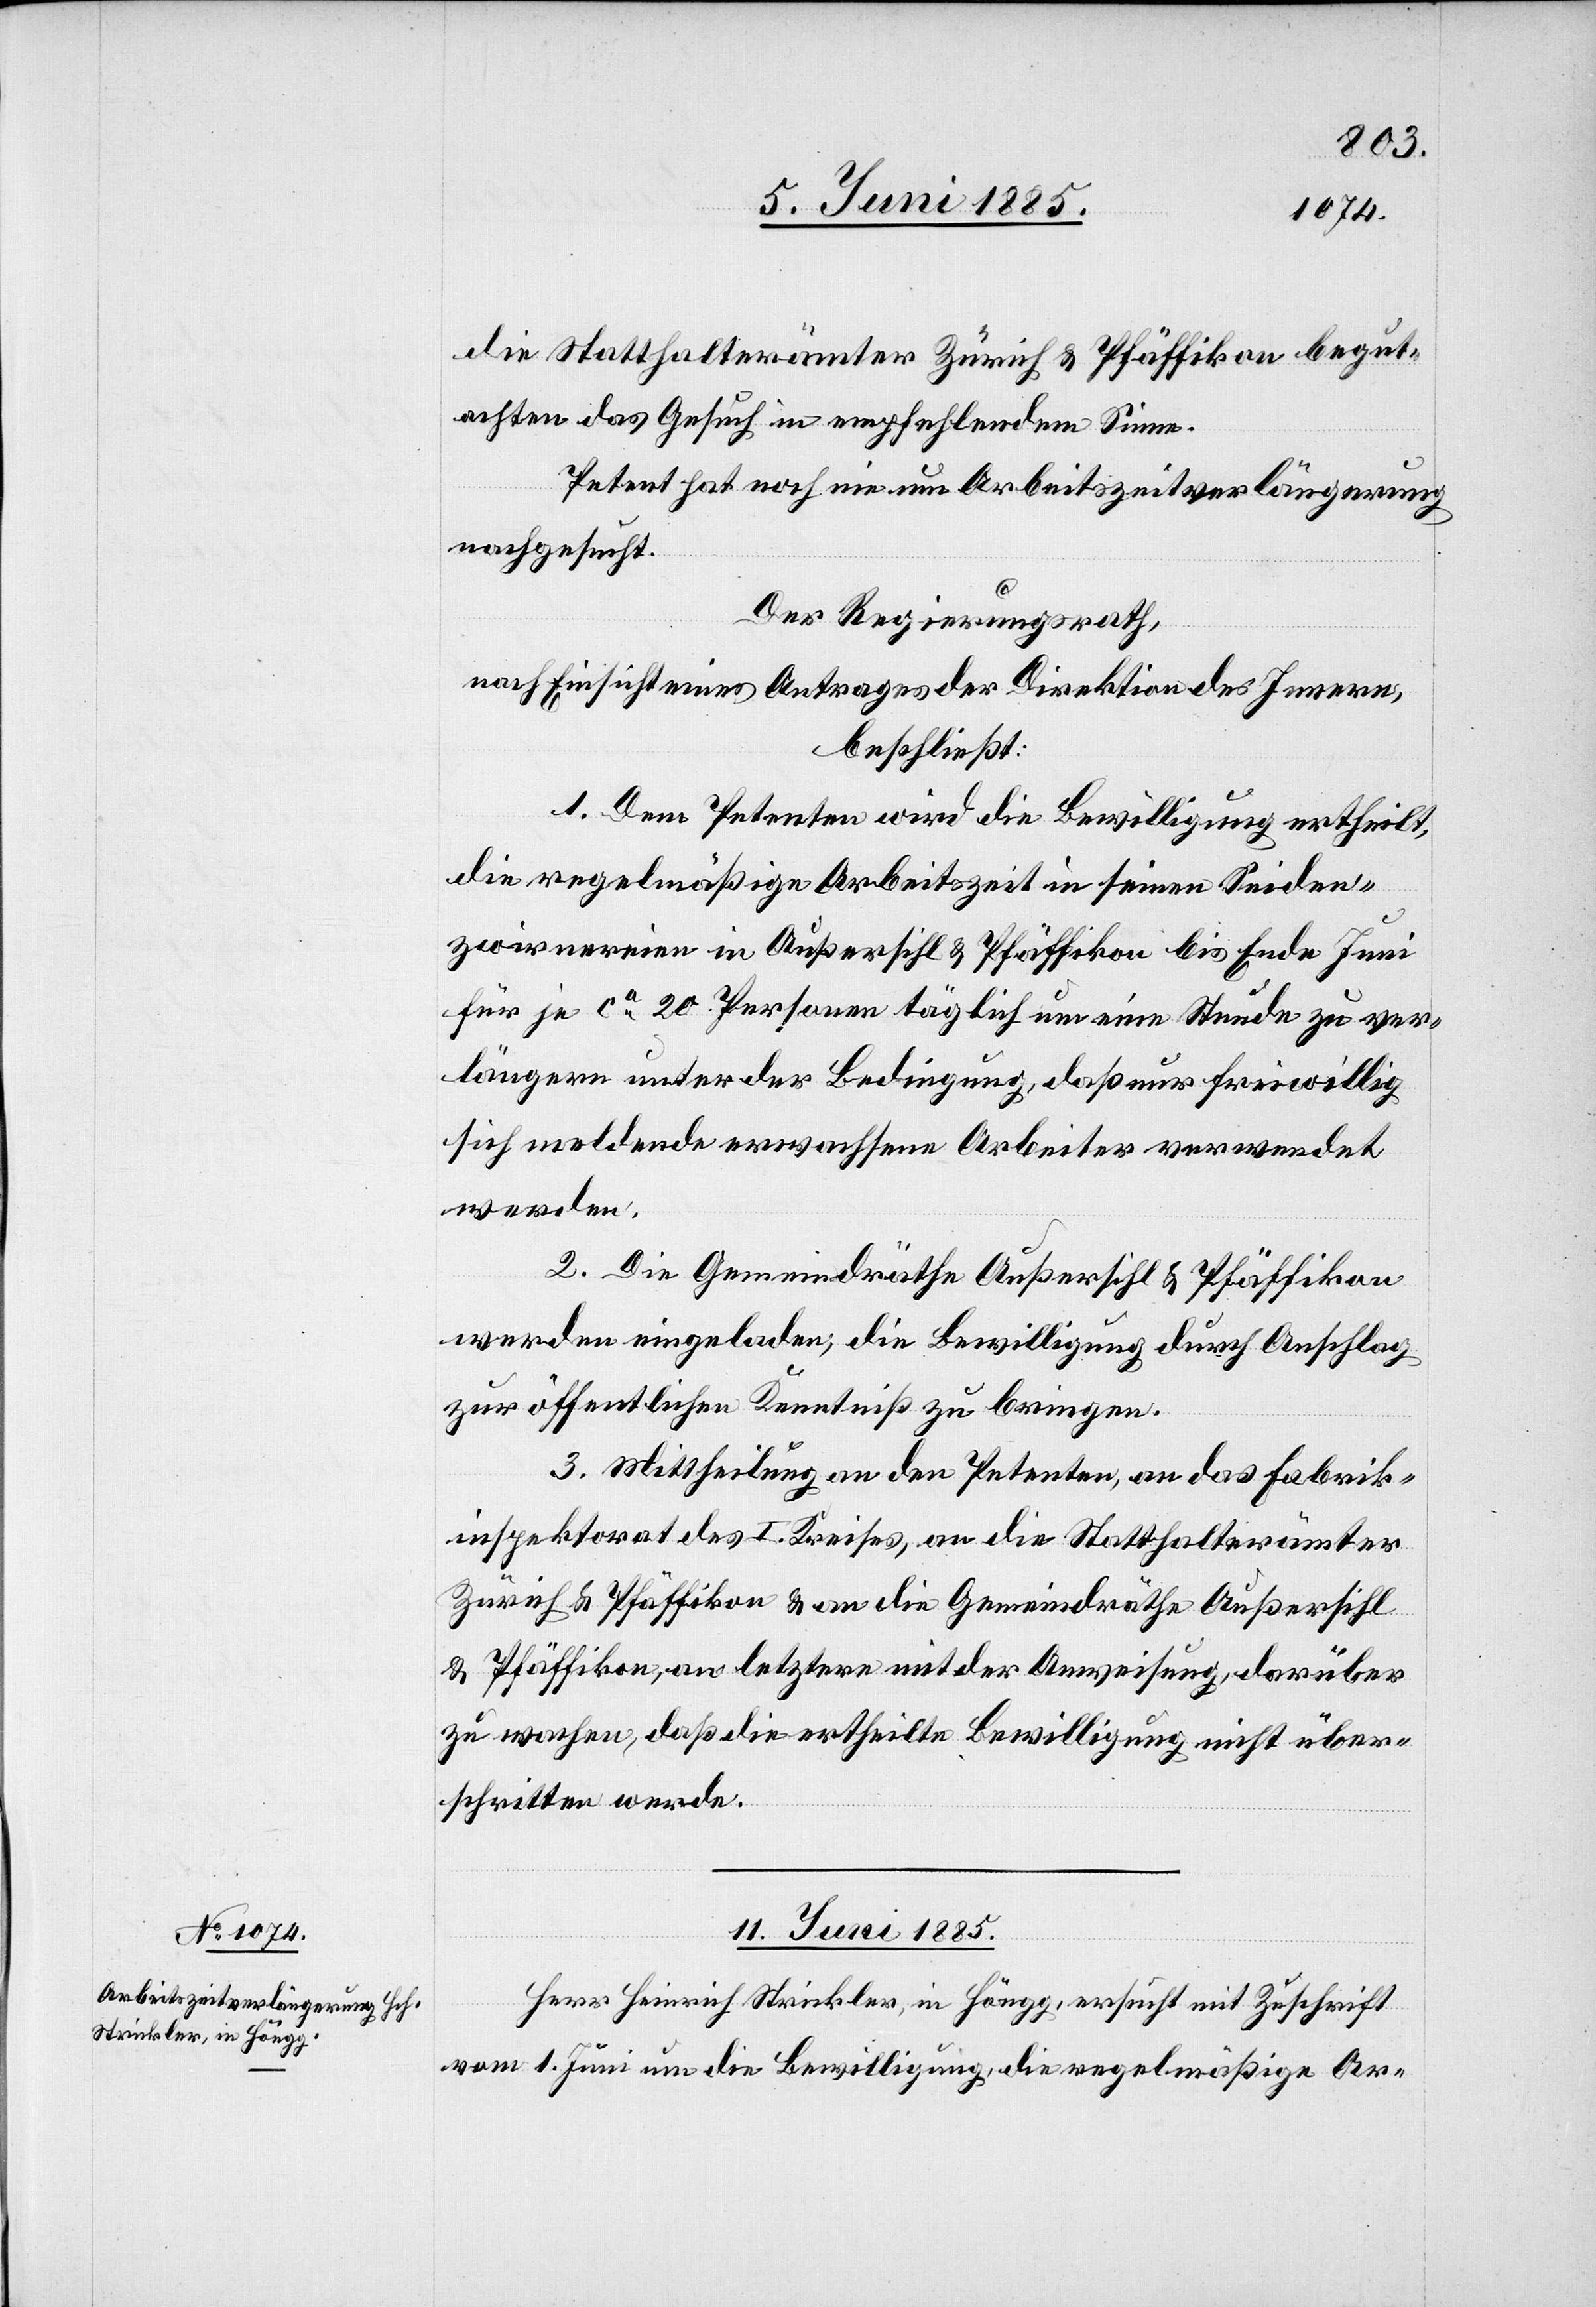
die Statthalterämter Zürich & Pfäffikon begut¬
achten das Gesuch in empfehlendem Sinne.
Petent hat noch nie um Arbeitszeitverlängerung
nachgesucht.
Der Regierungsrath,
nach Einsicht eines Antrages der Direktion des Innern,
beschließt:
1. Dem Petenten wird die Bewilligung ertheilt,
die regelmäßige Arbeitszeit in seinen Seiden¬
zwirnereien in Außersihl & Pfäffikon bis Ende Juni
für je ca 20 Personen täglich um eine Stunde zu ver¬
längern unter der Bedingung, daß nur freiwillig
sich meldende erwachsene Arbeiter verwendet
werden.
2. Die Gemeindrähte Außersihl & Pfäffikon
werden eingeladen, die Bewilligung durch Anschlag
zur öffentlichen Kenntniß zu bringen.
3. Mittheilung an den Petenten, an das Fabrik¬
inspektorat des I. Kreises, an die Statthalterämter
Zürich & Pfäffikon & an die Gemeindräthe Außersihl
& Pfäffikon, an letztere mit der Anweisung, darüber
zu wachen, daß die ertheilte Bewilligung nicht über¬
schritten werde.
11. Juni 1885.
Herr Heinrich Strickler, in Höngg, ersucht mit Zuschrift
vom 1. Juni um die Bewilligung, die regelmäßige Ar-